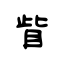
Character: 眥